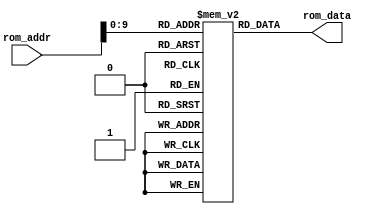
module ROM(input[15:0] rom_addr, output[15:0] rom_data);
  reg[15:0] DATA[1023:0];
  assign rom_data = DATA[rom_addr];

  initial
    begin
        DATA[ 1] = 16'h008D;    // 0D
        DATA[ 2] = 16'h0004;    // 04
        DATA[ 3] = 16'hE08E;    // 0E
        DATA[ 4] = 16'h008D;    // 0D
        DATA[ 5] = 16'h000C;    // 0C
        DATA[ 6] = 16'h808E;    // 0E
        DATA[ 7] = 16'h0081;    // 01
        DATA[ 8] = 16'h2081;    // 01
        DATA[ 9] = 16'h008D;    // 0D
        DATA[10] = 16'h00A0;    // 20
        DATA[11] = 16'hA08E;    // 0E
        DATA[12] = 16'h4493;    // 13
        DATA[13] = 16'h2083;    // 03
        DATA[14] = 16'h0893;    // 13
        DATA[15] = 16'h488A;    // 0A
        DATA[16] = 16'h4081;    // 01
        DATA[17] = 16'h4491;    // 11
        DATA[18] = 16'h0019;    // 19
        DATA[19] = 16'h008D;    // 0D
        DATA[20] = 16'h0FFF;    // 3F
        DATA[21] = 16'hE08E;    // 0E
        DATA[22] = 16'hBC95;    // 15
        DATA[23] = 16'h0092;    // 12
        DATA[24] = 16'h001D;    // 1D
        DATA[25] = 16'h008D;    // 0D
        DATA[26] = 16'h0F00;    // 00
        DATA[27] = 16'hE08E;    // 0E
        DATA[28] = 16'hBC95;    // 15
        DATA[29] = 16'hA081;    // 01
        DATA[30] = 16'hC081;    // 01
        DATA[31] = 16'h008D;    // 0D
        DATA[32] = 16'h00A0;    // 20
        DATA[33] = 16'hE08E;    // 0E
        DATA[34] = 16'hDC90;    // 10
        DATA[35] = 16'h0026;    // 26
        DATA[36] = 16'h0092;    // 12
        DATA[37] = 16'h002B;    // 2B
        DATA[38] = 16'h008D;    // 0D
        DATA[39] = 16'h00A0;    // 20
        DATA[40] = 16'hE08E;    // 0E
        DATA[41] = 16'hBC83;    // 03
        DATA[42] = 16'hD88A;    // 0A
        DATA[43] = 16'h4491;    // 11
        DATA[44] = 16'h0010;    // 10
        DATA[45] = 16'h008D;    // 0D
        DATA[46] = 16'h01E0;    // 20
        DATA[47] = 16'hE08E;    // 0E
        DATA[48] = 16'hBC83;    // 03
        DATA[49] = 16'hB885;    // 05
        DATA[50] = 16'hD88A;    // 0A
        DATA[51] = 16'h6081;    // 01
        DATA[52] = 16'h7091;    // 11
        DATA[53] = 16'h000C;    // 0C
        DATA[54] = 16'h008D;    // 0D
        DATA[55] = 16'h000A;    // 0A
        DATA[56] = 16'h008E;    // 0E
        DATA[57] = 16'h008D;    // 0D
        DATA[58] = 16'h0046;    // 06
        DATA[59] = 16'h208E;    // 0E
        DATA[60] = 16'h008D;    // 0D
        DATA[61] = 16'h0000;    // 00
        DATA[62] = 16'h608E;    // 0E
        DATA[63] = 16'hA493;    // 13
        DATA[64] = 16'h008D;    // 0D
        DATA[65] = 16'h00A0;    // 20
        DATA[66] = 16'hE08E;    // 0E
        DATA[67] = 16'hBC87;    // 07
        DATA[68] = 16'hA083;    // 03
        DATA[69] = 16'h008D;    // 0D
        DATA[70] = 16'h0000;    // 00
        DATA[71] = 16'hE08E;    // 0E
        DATA[72] = 16'h7C90;    // 10
        DATA[73] = 16'h005A;    // 1A
        DATA[74] = 16'h008D;    // 0D
        DATA[75] = 16'h0000;    // 00
        DATA[76] = 16'h408E;    // 0E
        DATA[77] = 16'hA895;    // 15
        DATA[78] = 16'h008D;    // 0D
        DATA[79] = 16'h000A;    // 0A
        DATA[80] = 16'hC08E;    // 0E
        DATA[81] = 16'h0082;    // 02
        DATA[82] = 16'hA082;    // 02
        DATA[83] = 16'hC091;    // 11
        DATA[84] = 16'h0068;    // 28
        DATA[85] = 16'h008D;    // 0D
        DATA[86] = 16'h0000;    // 00
        DATA[87] = 16'h608E;    // 0E
        DATA[88] = 16'h0092;    // 12
        DATA[89] = 16'h0068;    // 28
        DATA[90] = 16'h008D;    // 0D
        DATA[91] = 16'h0F00;    // 00
        DATA[92] = 16'h408E;    // 0E
        DATA[93] = 16'hA895;    // 15
        DATA[94] = 16'h008D;    // 0D
        DATA[95] = 16'h0046;    // 06
        DATA[96] = 16'hC08E;    // 0E
        DATA[97] = 16'h0081;    // 01
        DATA[98] = 16'hA081;    // 01
        DATA[99] = 16'h1891;    // 11
        DATA[100] = 16'h0068;   // 28
        DATA[101] = 16'h008D;   // 0D
        DATA[102] = 16'h0001;   // 01
        DATA[103] = 16'h608E;   // 0E
        DATA[104] = 16'h008D;   // 0D
        DATA[105] = 16'h0FFF;   // 3F
        DATA[106] = 16'h408E;   // 0E
        DATA[107] = 16'hA895;   // 15
        DATA[108] = 16'h008D;   // 0D
        DATA[109] = 16'h012C;   // 2C
        DATA[110] = 16'hC08E;   // 0E
        DATA[111] = 16'hFC8A;   // 0A
        DATA[112] = 16'hC082;   // 02
        DATA[113] = 16'hDC90;   // 10
        DATA[114] = 16'h0075;   // 35
        DATA[115] = 16'h0092;   // 12
        DATA[116] = 16'h0070;   // 30
        DATA[117] = 16'h0092;   // 12
        DATA[118] = 16'h003F;   // 3F
        DATA[119] = 16'h0092;   // 12
        DATA[120] = 16'h0077;   // 37
    end
endmodule

/*
INC r0
INC r1
INC r3
INC r3
INC r3
INC r3

fib_start:
	LD (r5), r0
	LD r2, r1
	ADD r1, r0
	LD r0, r2
	INC r4
	JEQ r3 r4 start_stall
	JMP fib_start

start_stall:
INC r7
JMP start_stall
*/